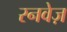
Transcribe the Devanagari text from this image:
रनवेज़